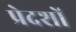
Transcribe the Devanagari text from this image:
प्रेदशों